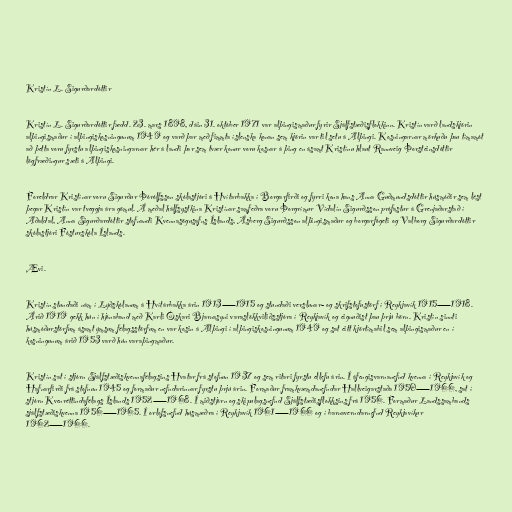
Kristín L. Sigurðardóttir

Kristín L. Sigurðardóttir fædd. 23. mars 1898, dáin 31. október 1971 var alþingismaður fyrir Sjálfstæðisflokkinn. Kristín varð landskjörin
alþingismaður í alþingiskosningunum 1949 og varð þar með fimmta íslenska konan sem kjörin var til setu á Alþingi. Kosningarnar mörkuðu þau tímamót
að þetta voru fyrstu alþingiskosningarnar hér á landi þar sem tvær konur voru kosnar á þing en ásamt Kristínu hlaut Rannveig Þorsteinsdóttir
lögfræðingur sæti á Alþingi.

Foreldrar Kristínar voru Sigurður Þórólfsson skólastjóri á Hvítarbakka í Borgarfirði og fyrri kona hans Anna Guðmundsdóttir húsmóðir sem lést
þegar Kristín var tveggja ára gömul. Á meðal hálfsystkina Kristínar samfeðra voru Þorgrímur Vídalín Sigurðsson prófastur á Grenjaðarstað í
Aðaldal, Anna Sigurðardóttir stofnandi Kvennasögusafns Íslands, Ásberg Sigurðsson alþingismaður og borgarfógeti og Valborg Sigurðardóttir
skólastjóri Fósturskóla Íslands.

Ævi.

Kristín stundaði nám í Lýðskólanum á Hvítárbakka árin 1913—1915 og stundaði verslunar- og skrifstofustörf í Reykjavík 1915—1918.
Árið 1919 gekk hún í hjónaband með Karli Óskari Bjarnasyni varaslökkviliðsstjóra í Reykjavík og eignuðist þau þrjú börn. Kristín sinnti
húsmóðurstörfum ásamt ýmsum félagsstörfum en var kosin á Alþingi í alþingiskosningunum 1949 og sat eitt kjörtímabil sem alþingismaður en í
kosningunum árið 1953 varð hún varaþingmaður.

Kristín sat í stjórn Sjálfstæðiskvennafélagsins Hvatar frá stofnun 1937 og sem ritari fyrstu ellefu árin. Í áfengisvarnanefnd kvenna í Reykjavík og
Hafnarfirði frá stofnun 1945 og formaður nefndarinnar fyrstu þrjú árin. Formaður framkvæmdanefndar Hallveigarstaða 1950—1966, sat í
stjórn Kvenréttindafélags Íslands 1952—1968. Í miðstjórn og skipulagsnefnd Sjálfstæðisflokksins frá 1956. Formaður Landssambands
sjálfstæðiskvenna 1956—1965. Í orlofsnefnd húsmæðra í Reykjavík 1961—1966 og í barnaverndarnefnd Reykjavíkur
1962—1966.